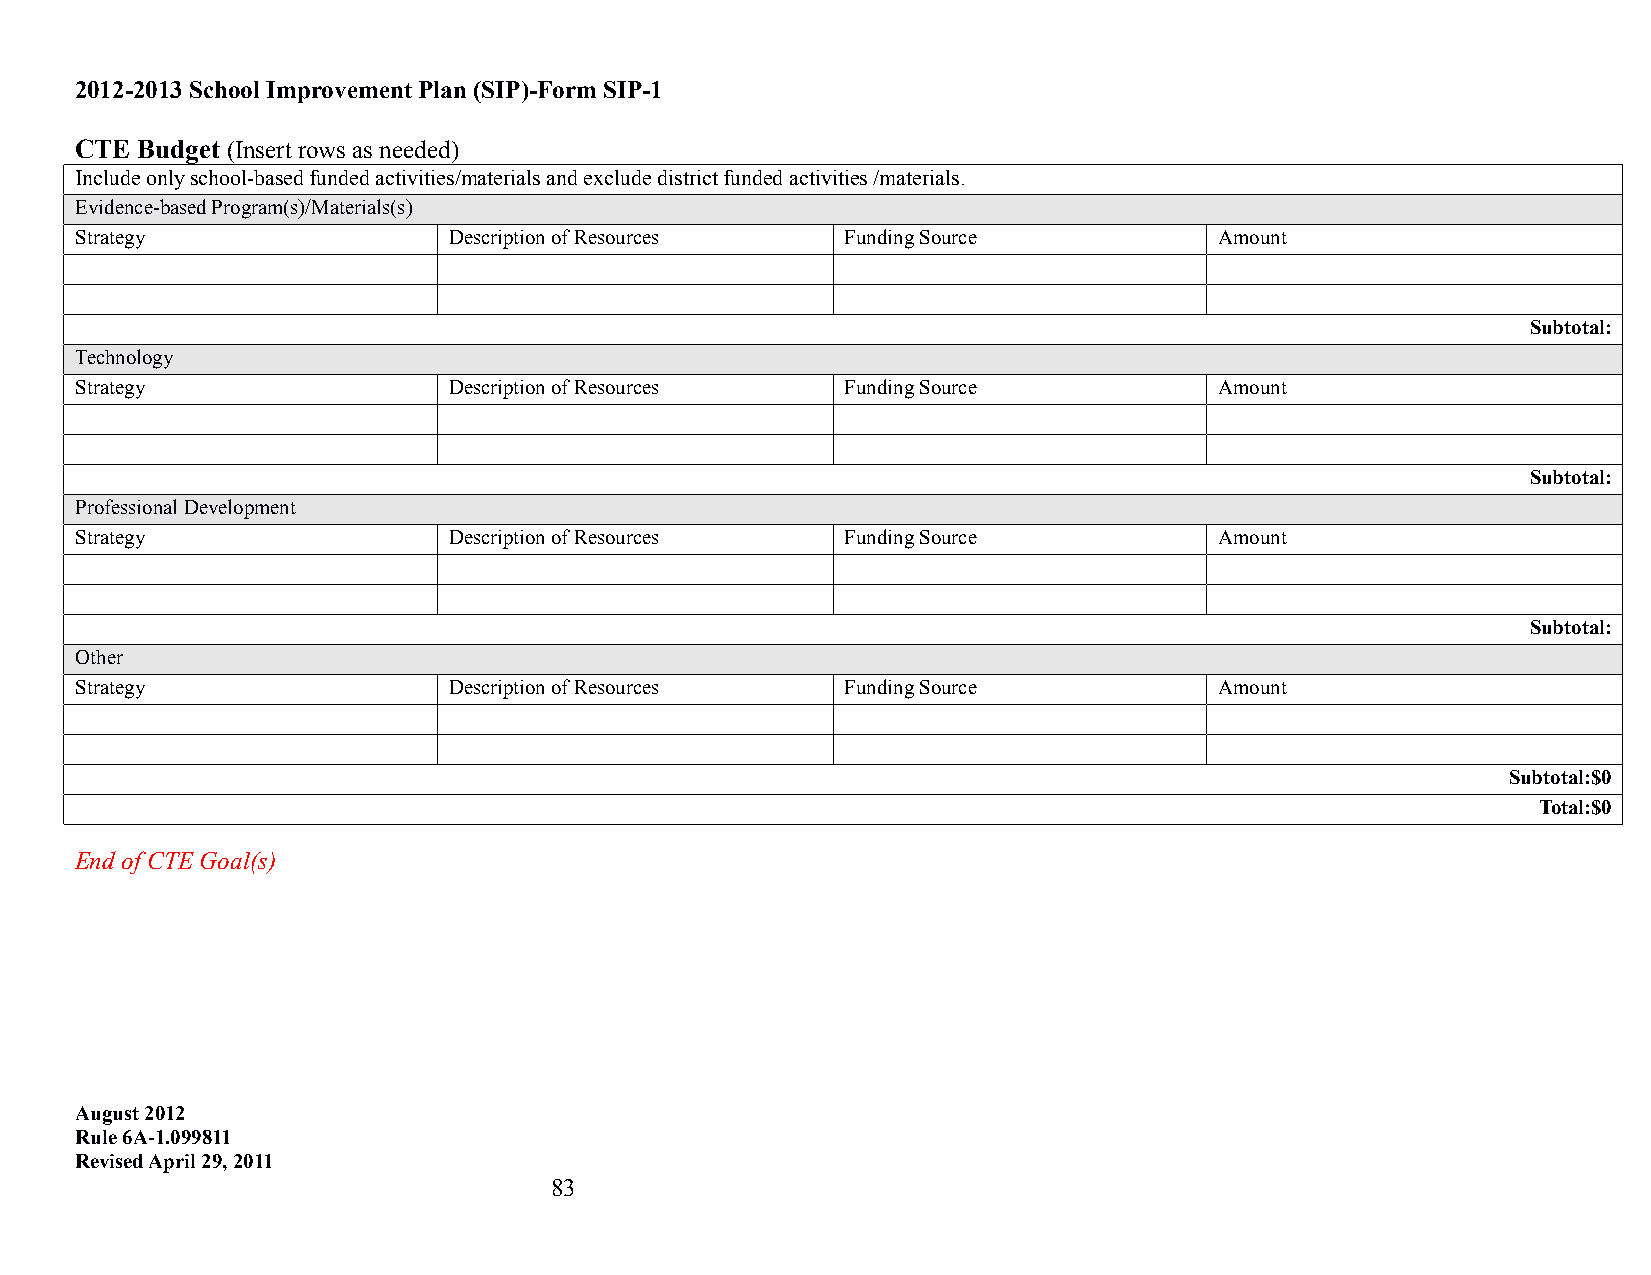
2012-2013 School Improvement Plan (SIP)-Form SIP-1
 CTE Budget (Insert rows as needed)
 Include only school-based funded activities/materials and exclude district funded activities /materials.
 Evidence-based Program(s)/Materials(s)
 Strategy                 Description of Resources  Funding Source           Amount
 Subtotal:
 Technology
 Strategy                 Description of Resources  Funding Source           Amount
 Subtotal:
 Professional Development
 Strategy                 Description of Resources  Funding Source           Amount
 Subtotal:
 Other
 Strategy                 Description of Resources  Funding Source           Amount
 Subtotal:$0
 Total:$0
 End of CTE Goal(s)
 August 2012
 Rule 6A-1.099811
 Revised April 29, 2011
 83